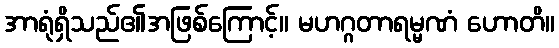
အာရုံရှိသည်၏အဖြစ်ကြောင့်။ မဟဂ္ဂတာရမ္မဏံ ဟောတိ။